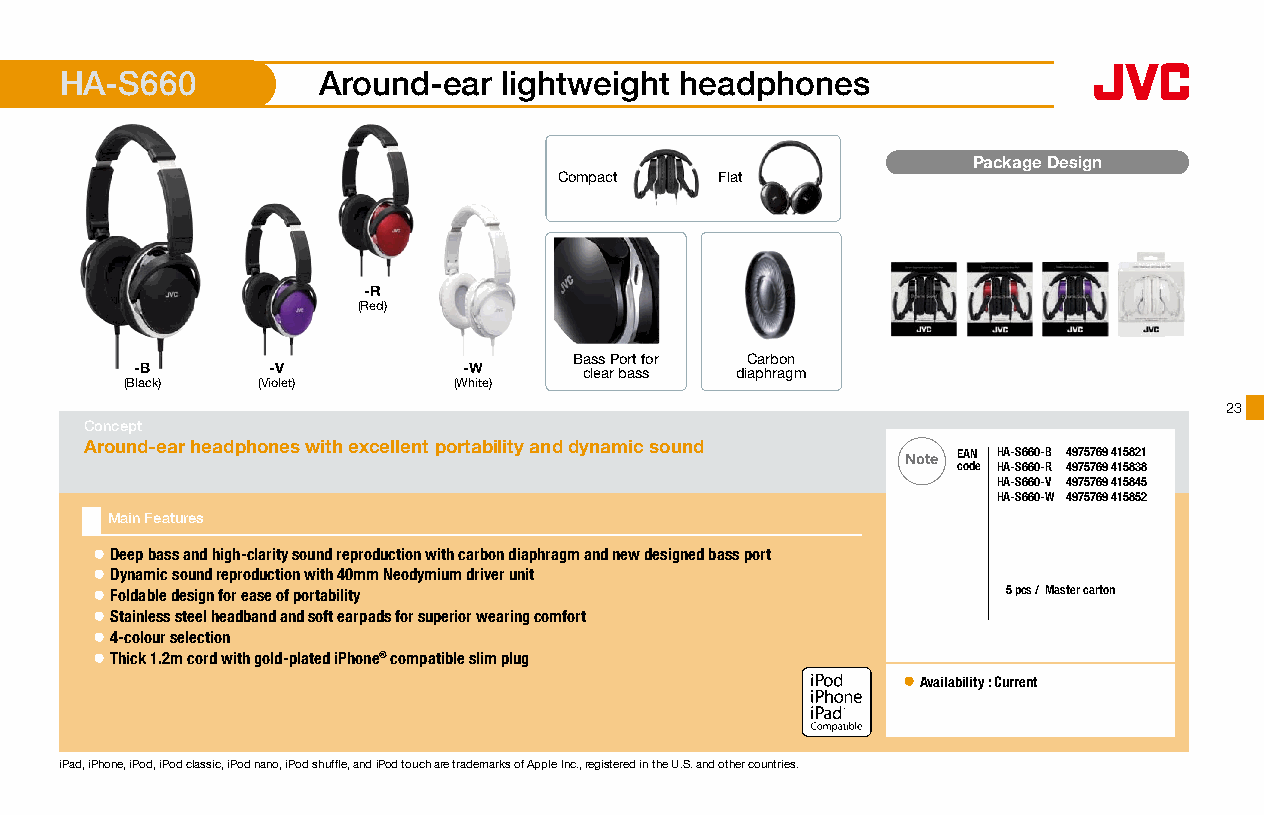
HA-S660          Around-ear  lightweight headphones
 Package Design
 Compact    Flat
 -R
 (Red)
 Bass Port for Carbon
 -B       -V           -W      clear bass diaphragm
 (Black)  (Violet)     (White)
 23
 Concept
 Around-ear headphones with excellent portability and dynamic sound
 Note EAN HA-S660-B 4975769 415821
 code HA-S660-R 4975769 415838
 HA-S660-V 4975769 415845
 HA-S660-W 4975769 415852
 Main Features
 ● Deep bass and high-clarity sound reproduction with carbon diaphragm and new designed bass port
 ● Dynamic sound reproduction with 40mm Neodymium driver unit
 ● Foldable design for ease of portability                    5 pcs /Master carton
 ● Stainless steel headband and soft earpads for superior wearing comfort
 ● 4-colour selection
 ● Thick 1.2m cord with gold-plated iPhone® compatible slim plug
 ● Availability : Current
 16 x 16mm
 iPad, iPhone, iPod, iPod classic, iPod nano, iPod shuffle, and iPod touch are trademarks of Apple Inc., registered in the U.S. and other countries.